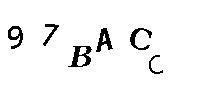
97BACC